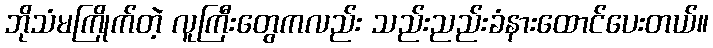
ဘိုသံမကြိုက်တဲ့ လူကြီးတွေကလည်း သည်းညည်းခံနားထောင်ပေးတယ်။